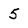
Character: 5